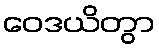
ဝေဒယိတွာ